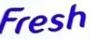
Fresh